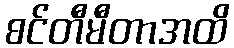
စင်တီမီတာအထိ